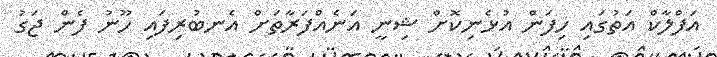
އަފްލާކް އަތުގައި ހިފަން އުޅެނިކޮށް ޝިނީ އަނެއްފަރާތަށް އެނބުރިފައި ހޫނު ފެން ޖަގު